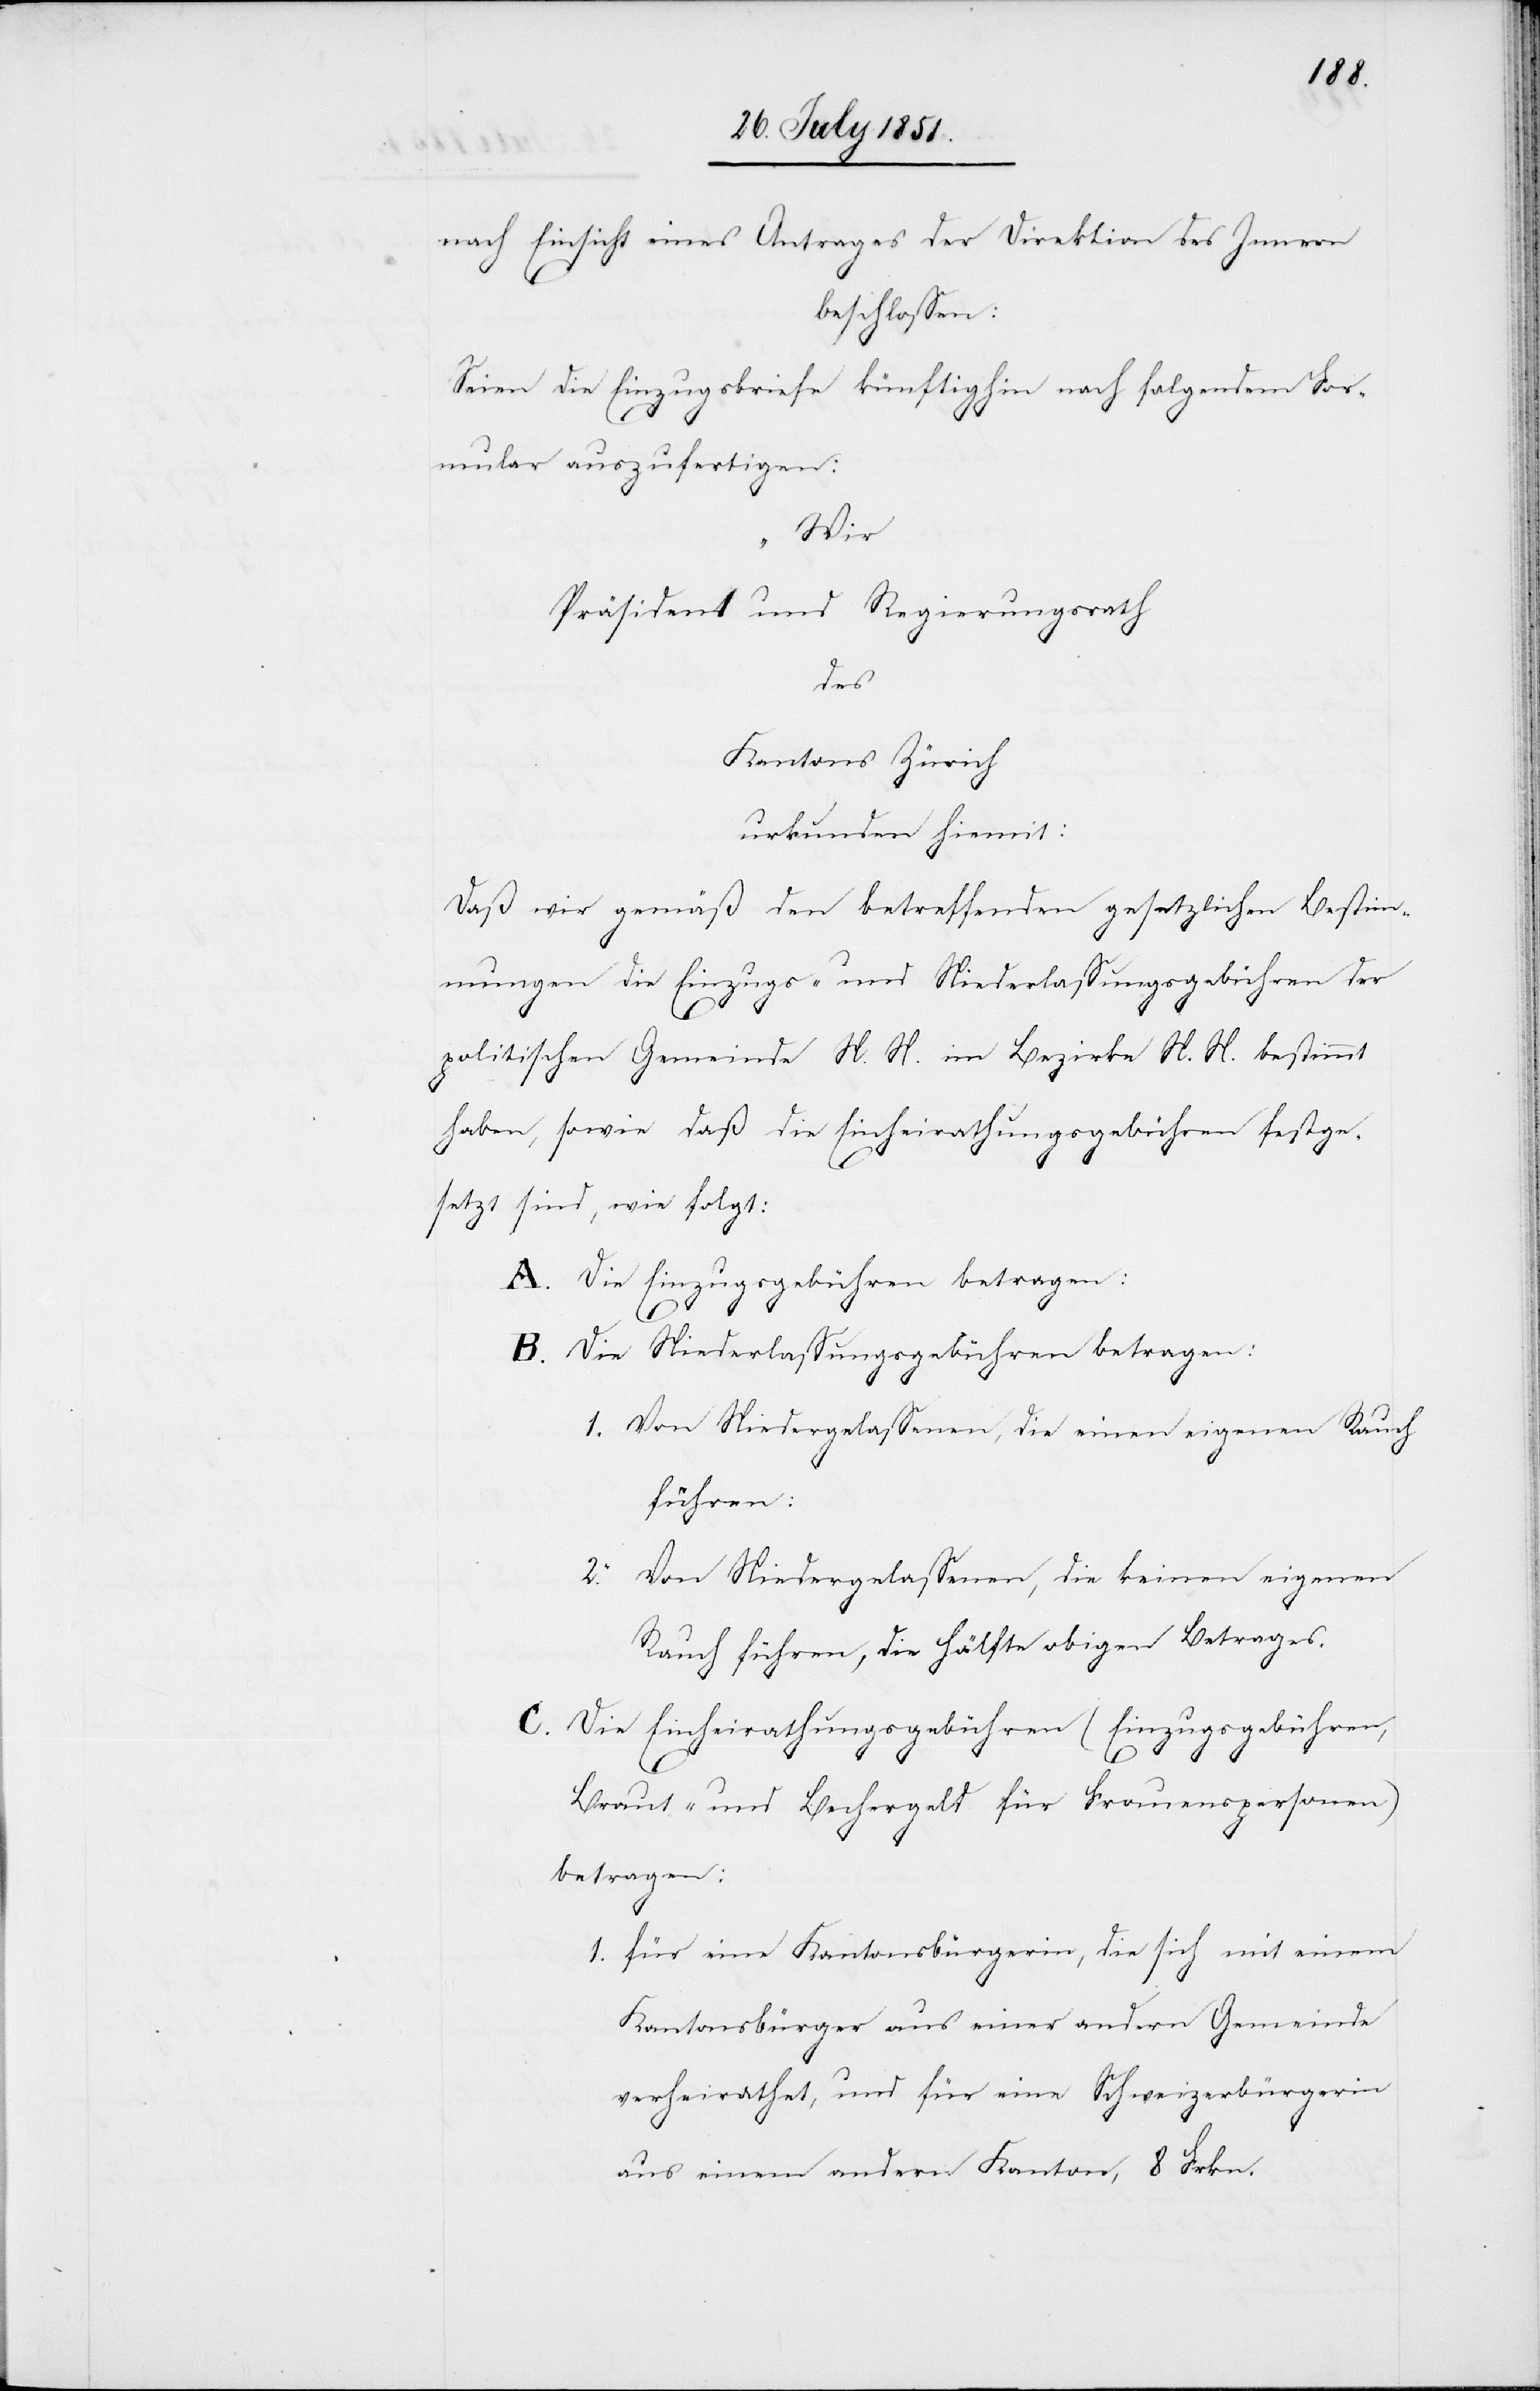
nach Einsicht eines Antrages der Direktion des Innern
beschlossen:
Seien die Einzugsbriefe künftighin nach folgendem For¬
mular auszufertigen:
„Wir
Präsident und Regierungsrath
des
Kantons Zürich
urkunden hiemit:
Daß wir gemäß den betreffenden gesetzlichen Bestim¬
mungen die Einzugs- und Niederlassungsgebühren der
1.
politischen Gemeinde N. N. im Bezirke N. N. bestimmt
haben, sowie daß die Einheirathungsgebühren festge¬
setzt sind, wie folgt:
Die Einzugsgebühren betragen:
B.
Die Niederlassungsgebühren betragen:
Von Niedergelassenen, die einen eigenen Rauch
führen:
Von Niedergelassenen, die keinen eigenen
Rauch führen, die Hälfte obigen Betrages.
Die Einheirathungsgebühren (Einzugsgebühren,
Braut- und Bechergeld für Frauenspersonen)
betragen:
für eine Kantonsbürgerin, die sich mit einem
Kantonsbürger aus einer andern Gemeinde
verheirathet, und für eine Schweizerbürgerin
aus einem andern Kanton, 8 Frkn.